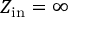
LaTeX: Z _ { \mathrm { i n } } = \infty